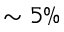
\sim 5 \%